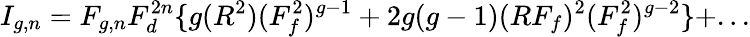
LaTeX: I_{g,n}=F_{g,n}F_{d}^{2n}\{ g(R^{2})(F_{f}^{2})^{g-1}+2g(g-1)(RF_{f})^{2}(F_{f}^{2})^{g-2}\} +...